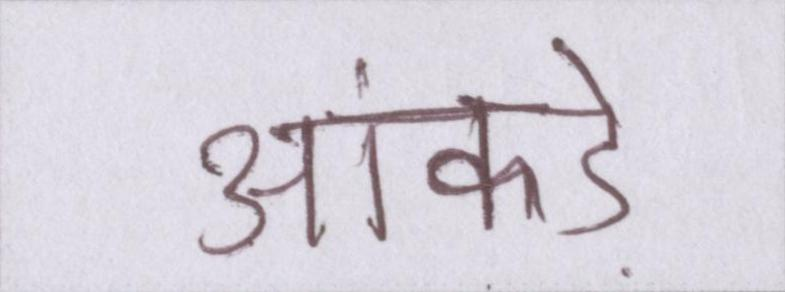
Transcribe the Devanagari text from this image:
आंकड़े